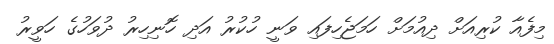
މިފެއާ ކުރިއަށް ދިއުމަށް ހަމަޖެހިފައި ވަނީ ހުކުރު އަދި ހޮނިހިރު ދުވަހުގެ ހަވީރު